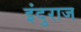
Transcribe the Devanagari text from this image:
इंदुराज